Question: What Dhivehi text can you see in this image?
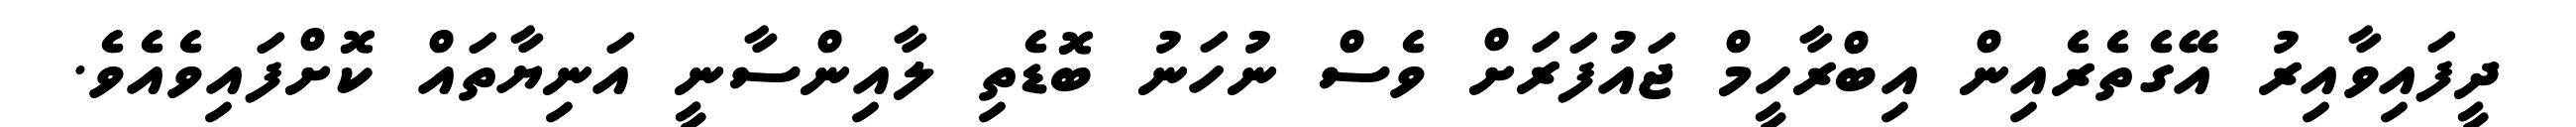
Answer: ދީފައިވާއިރު އޭގެތެރެއިން އިބްރާހީމް ޖައުފަރަށް ވެސް ނުހަނު ބޮޑެތި ލާއިންސާނީ އަނިޔާތައް ކޮށްފައިވެއެވެ.